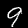
Label: 9